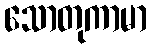
သောတုကာမာ